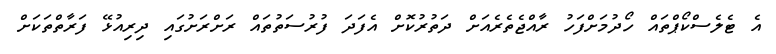
އެ ޓެލެސްކޯޕްތައް ހޯދުމަށްފަހު ރާއްޖެތެރެއަށް ދަތުރުކޮށް އެފަދަ ފުރުސަތުތައް ރަށްރަށުގައި ދިރިއުޅޭ ފަރާތްތަކަށް